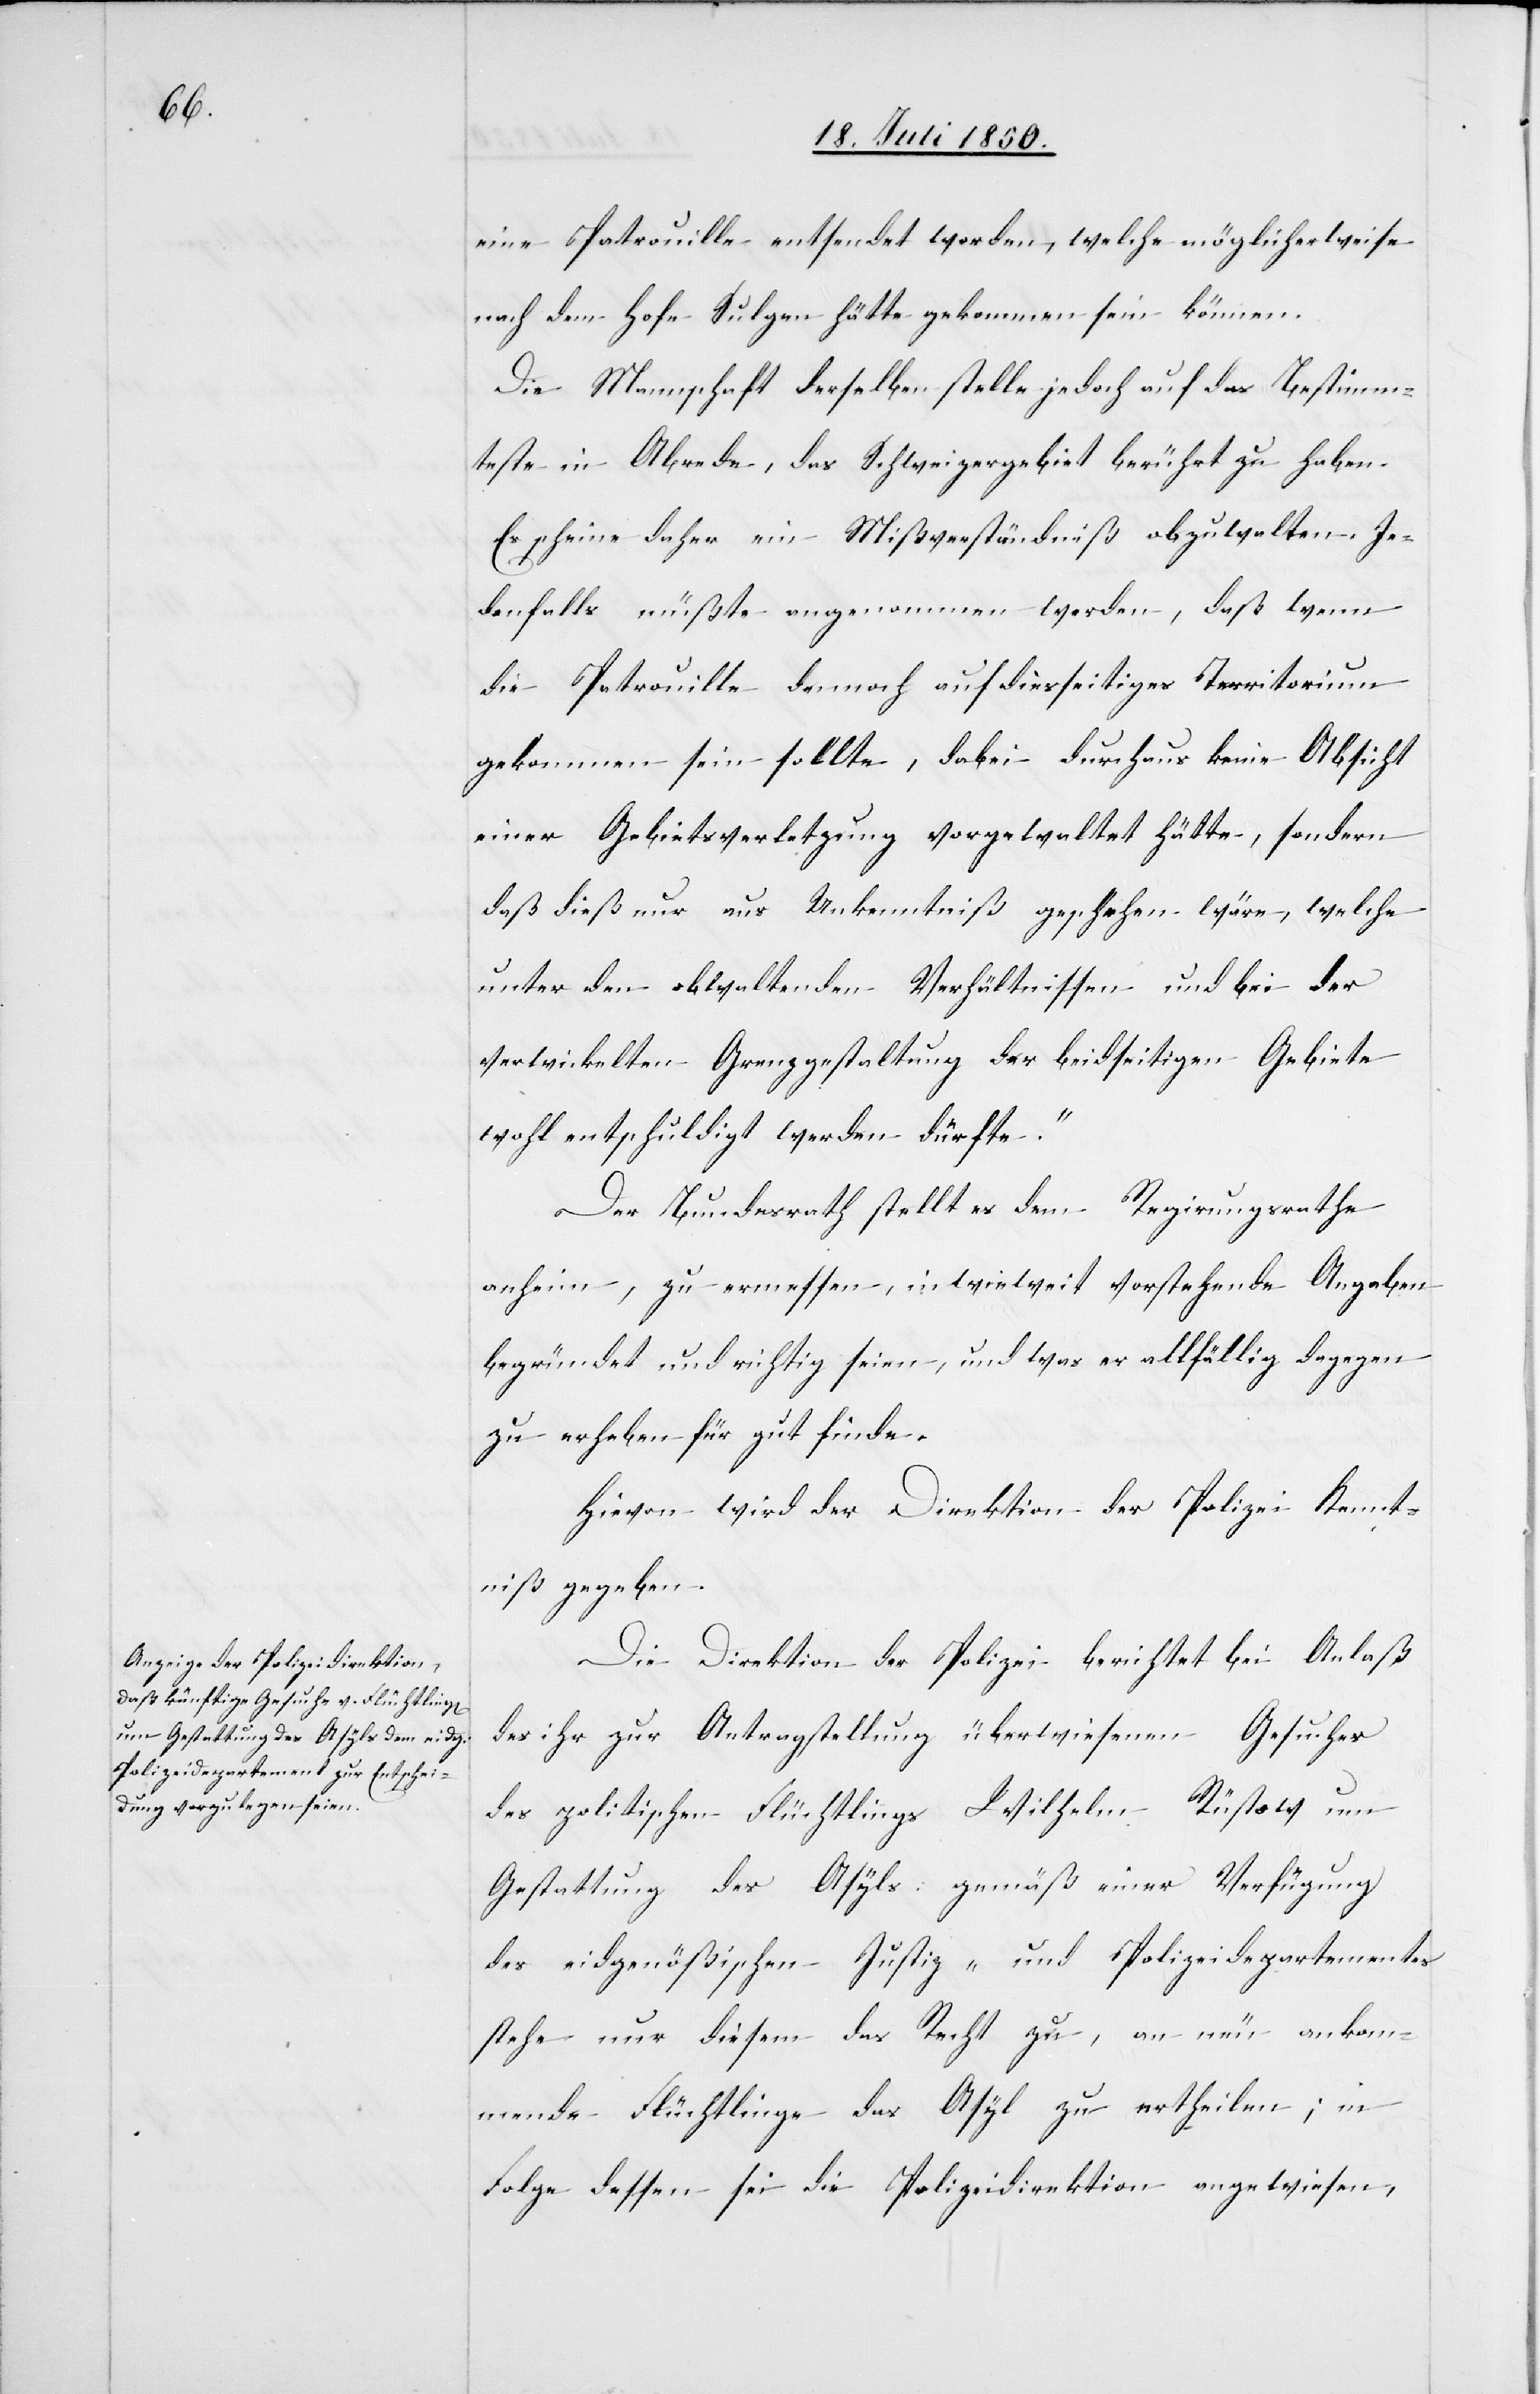
eine Patrouille entsendet worden, welche möglicherweise
nach dem Hofe Sulgen hätte gekommen sein können.
Die Mannschaft derselben stelle jedoch auf das Bestimm¬
teste in Abrede, das Schweizergebiet berührt zu haben.
Es scheine daher ein Mißverständniß obzuwalten. Je¬
denfalls müßte angenommen werden, daß wenn
die Patrouille dennoch auf diesseitiges Territorium
gekommen sein sollte, dabei durchaus keine Absicht
einer Gebietsverletzung vorgewaltet hätte, sondern
daß dieß nur aus Unkenntniß geschehen wäre, welche
unter den obwaltenden Verhältnissen und bei der
verwickelten Grenzgestaltung der beidseitigen Gebiete
wohl entschuldigt werden dürfte.“
Der Bundesrath stellt es dem Regierungsrathe
anheim, zu ermessen, in wieweit vorstehende Angaben
begründet und richtig seien, und was er allfällig dagegen
zu erheben für gut finde.
Hievon wird der Direktion der Polizei Kennt¬
niß gegeben.
Die Direktion der Polizei berichtet bei Anlaß
des ihr zur Antragstellung überwiesenen Gesuches
des politischen Flüchtlings Wilhelm Rüstow um
Gestattung des Asyls: gemäß einer Verfügung
des eidgenößischen Justiz- und Polizeidepartementes
stehe nur diesem das Recht zu, an neu ankom¬
mende Flüchtlinge das Asyl zu ertheilen; in
Folge dessen sei die Polizeidirektion angewiesen,